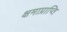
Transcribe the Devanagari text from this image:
क्षमाप्राप्ति